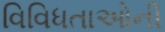
વિવિધતાઓની